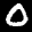
Label: 0